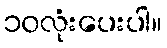
၁၀လုံးပေးပါ။